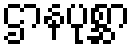
ဌာနပုစ္ဆာ